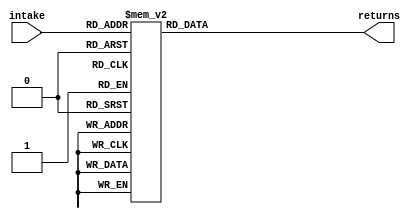
module threeAdder(
input [3:0] intake,
output reg [3:0] returns
//reg [3:0] return
);
always begin
	case (intake)
	4'b0000: returns = 4'b0000;
	4'b0001: returns = 4'b0001;
	4'b0010: returns = 4'b0010;
	4'b0011: returns = 4'b0011;
	4'b0100: returns = 4'b0100;
	4'b0101: returns = 4'b1000; //0011 added
	4'b0110: returns = 4'b1001; //0011 added
	4'b0111: returns = 4'b1010; //0011 added
	4'b1000: returns = 4'b1011; //0011 added
	4'b1001: returns = 4'b1100; //0011 added
	default: returns = 4'b0000; //0011 added
	endcase
	end
endmodule